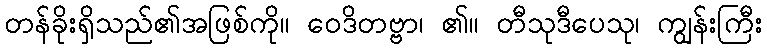
တန်ခိုးရှိသည်၏အဖြစ်ကို။ ဝေဒိတဗ္ဗာ၊ ၏။ တီသုဒီပေသု၊ ကျွန်းကြီး